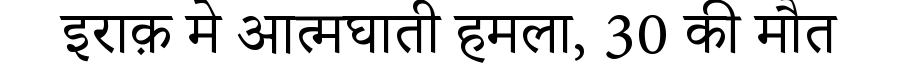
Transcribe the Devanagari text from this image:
इराक़ मे आत्मघाती हमला, 30 की मौत